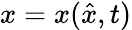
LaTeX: x=x(\hat{x},t)